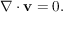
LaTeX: \nabla \cdot \mathbf { v } = 0 .